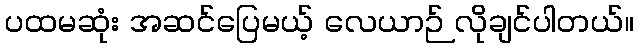
ပထမဆုံး အဆင်ပြေမယ့် လေယာဉ် လိုချင်ပါတယ်။